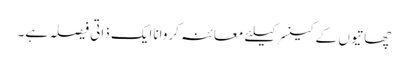
چھاتیوں کے کینسرکیلئے معائنہ کرواناایک ذاتی فیصلہ ہے۔